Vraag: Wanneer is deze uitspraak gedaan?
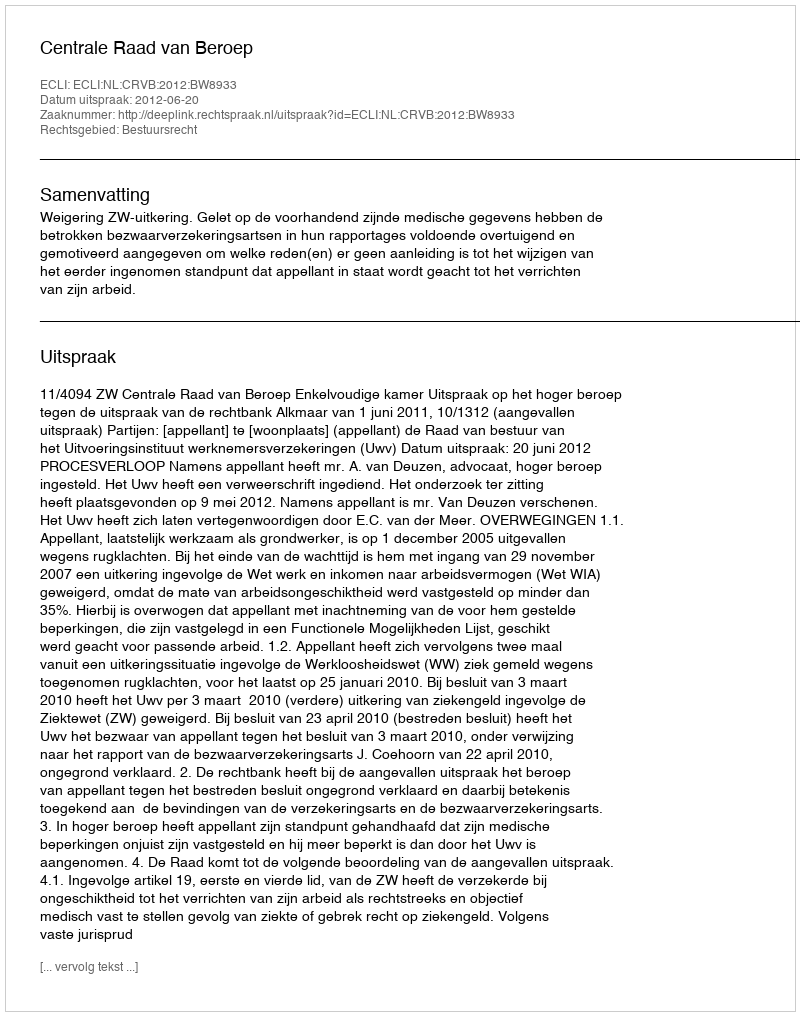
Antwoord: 2012-06-20